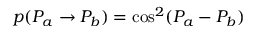
p ( P _ { a } \rightarrow P _ { b } ) = \cos ^ { 2 } ( P _ { a } - P _ { b } )